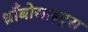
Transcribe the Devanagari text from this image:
थ्राँबोसाइट्स